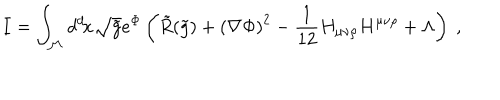
I = \int _ { \cal { M } } d ^ { d } \! x \sqrt { \tilde { g } } e ^ { \Phi } \left( \tilde { R } ( \tilde { g } ) + \left( \nabla \Phi \right) ^ { 2 } - { \frac { 1 } { 1 2 } } H _ { \mu \nu \rho } H ^ { \mu \nu \rho } + \Lambda \right) \ ,